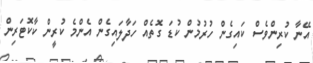
އޭނާ ކުރިންވެސް ކައިގެން ހުރުމުން ކުޑަ ގޮތެއް ހަދާލައިގެން އެންމެ ކުރީން ކާކޮޓަރިން